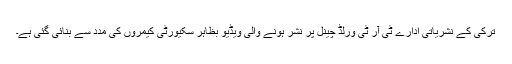
ترکی کے نشریاتی ادارے ٹی آر ٹی ورلڈ چینل پر نشر ہونے والی ویڈیو بظاہر سکیورٹی کیمروں کی مدد سے بنائی گئی ہے۔